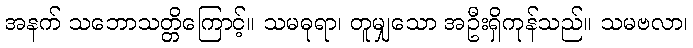
အနက် သဘောသတ္တိကြောင့်။ သမဓုရာ၊ တူမျှသော အဦးရှိကုန်သည်။ သမဗလာ၊